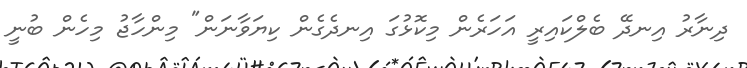
ދިނާރު އިނދޭ ބެލްކައިރީ އަހަރެން މިކޮޅުގަ އިނދެގެން ކިޔަވާނަން" މިންހާޖު މިހެން ބުނީ